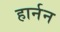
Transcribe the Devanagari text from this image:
हार्नन